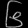
Digit: ၆